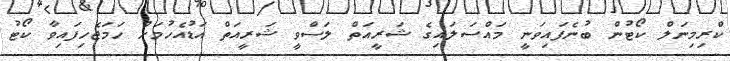
ކްރިމިނަލް ކޯޓުން ބުނެފައިވަނީ މައްސަލައިގެ ޝަރީއަތް ލަސްވީ ޝަރީއަތް އަޑުއެހުމަށް ހަމަޖެހިފައިވާ ކޯޓު